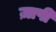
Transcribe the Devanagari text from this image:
ज़ापी